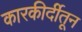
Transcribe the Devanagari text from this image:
कारकीर्दीतून